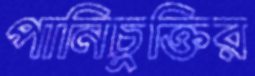
পানিচুক্তির